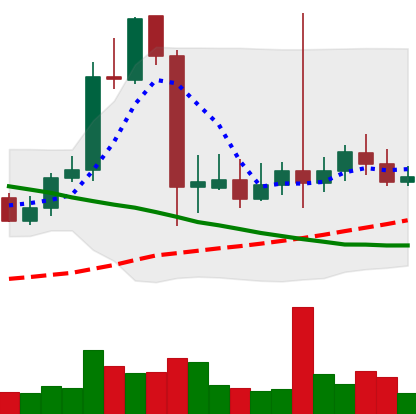
Ticker: LTC-USD
Chart end date: 2021-09-18
Forward return: -9.647%
Label: down_7plus